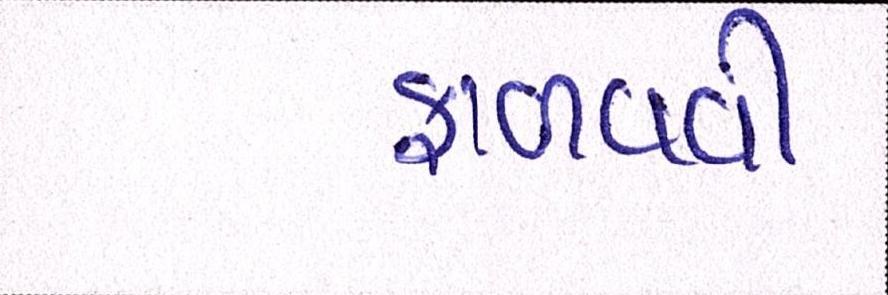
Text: ફાળવવી